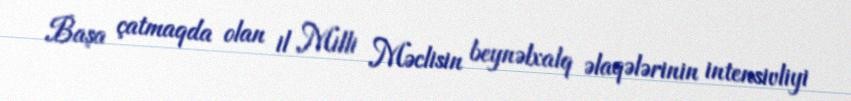
Başa çatmaqda olan il Milli Məclisin beynəlxalq əlaqələrinin intensivliyi